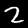
Digit: 2